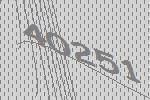
40251